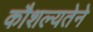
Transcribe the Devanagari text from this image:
कौशल्यतेने